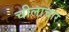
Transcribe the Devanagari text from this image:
चीलाचार